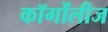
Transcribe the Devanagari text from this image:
कॉगोंलीज